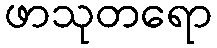
ဖာသုတရော